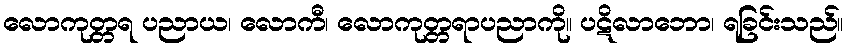
လောကုတ္တရ ပညာယ၊ လောကီ၊ လောကုတ္တရာပညာကို။ ပဋိလာဘော၊ ရခြင်းသည်။